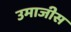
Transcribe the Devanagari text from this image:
उमाजीस